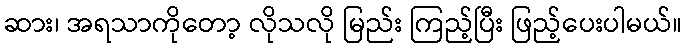
ဆား၊ အရသာကိုတော့ လိုသလို မြည်း ကြည့်ပြီး ဖြည့်ပေးပါမယ်။